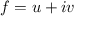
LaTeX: \displaystyle f = u + i v